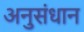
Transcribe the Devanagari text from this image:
अनुसंधान